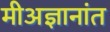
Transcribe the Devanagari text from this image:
मीअज्ञानांत